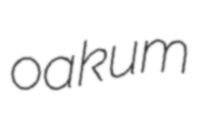
oakum